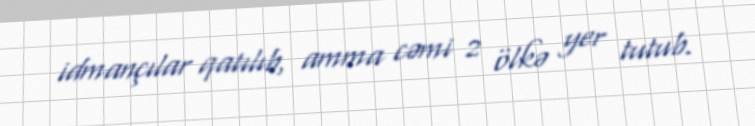
idmançılar qatılıb, amma cəmi 2 ölkə yer tutub.